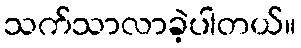
သက်သာလာခဲ့ပါတယ်။